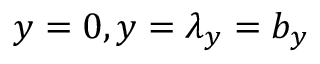
y = 0 , y = \lambda _ { y } = b _ { y }